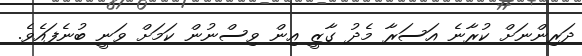
ދަރިންނަށް ކުރާނެ އަސަރާ މެދު ގާޒީ އިން ވިސްނުން ކަމަށް ވަނީ ބުނެފައެވެ.